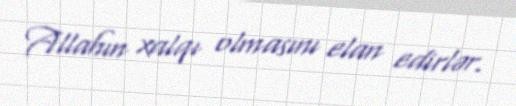
Allahın xalqı olmasını elan edirlər.